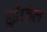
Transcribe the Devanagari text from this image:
हुई।जेल